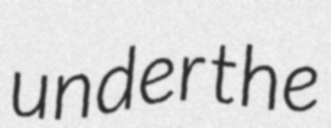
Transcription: under the